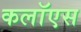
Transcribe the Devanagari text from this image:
कलॉएस